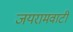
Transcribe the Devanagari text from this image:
जयरामवाटी